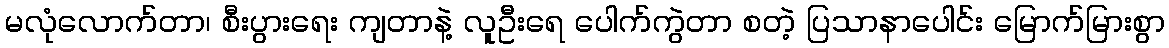
မလုံလောက်တာ၊ စီးပွားရေး ကျတာနဲ့ လူဦးရေ ပေါက်ကွဲတာ စတဲ့ ပြသာနာပေါင်း မြောက်မြားစွာ